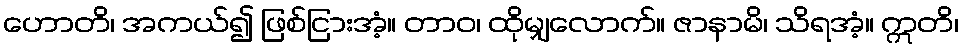
ဟောတိ၊ အကယ်၍ ဖြစ်ငြားအံ့။ တာဝ၊ ထိုမျှလောက်။ ဇာနာမိ၊ သိရအံ့။ ဣတိ၊